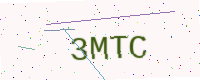
Text: 3MTC